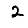
Digit: 2